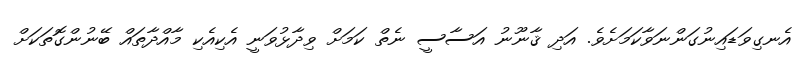
އެނގިވަޑައިނުގަންނަވާކަމަށެވެ. އަދި ޤާނޫނު އަސާސީ ނެތް ކަމަށް ވިދާޅުވަނީ އެކިއެކި މާއްދާތައް ބޭނުންގޮތަކަށް